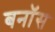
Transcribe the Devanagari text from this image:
बनॉस